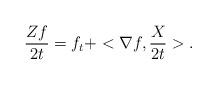
LaTeX: \begin{align*}\frac{Zf}{2t} = f_t + <\nabla f,\frac{X}{2t}>.\end{align*}